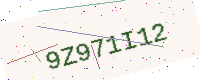
Text: 9Z971I12